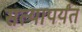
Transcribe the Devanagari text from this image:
सत्यापर्यंत